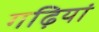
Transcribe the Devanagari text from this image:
गढ़ियां